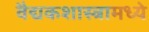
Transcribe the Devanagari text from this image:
वैद्यकशास्त्रामध्ये